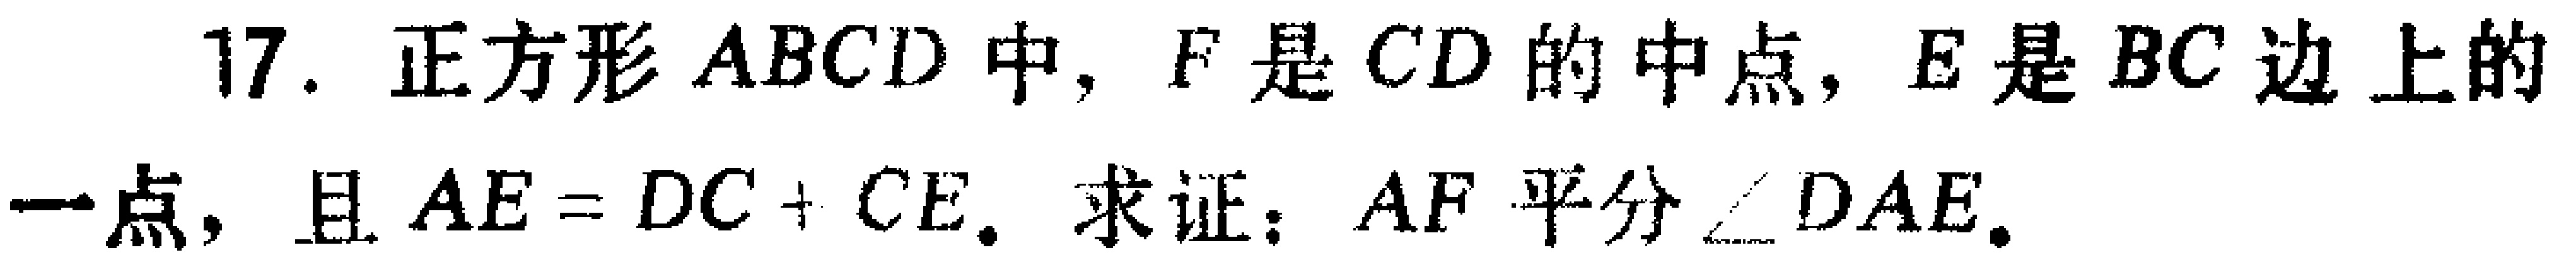
17. 正方形 \(ABCD\) 中，\(F\) 是 \(CD\) 的中点，\(E\) 是 \(BC\) 边上的一点，且 \(AE = DC + CE\). 求证：\(AF\) 平分 \(\angle DAE\).